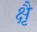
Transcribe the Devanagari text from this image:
क्षैृ